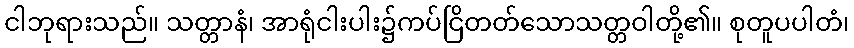
ငါဘုရားသည်။ သတ္တာနံ၊ အာရုံငါးပါး၌ကပ်ငြိတတ်သောသတ္တဝါတို့၏။ စုတူပပါတံ၊